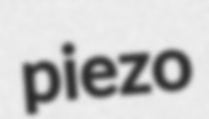
piezo